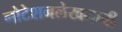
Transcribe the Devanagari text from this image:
नोटेशनलेखनाची